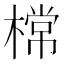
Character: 𣙟